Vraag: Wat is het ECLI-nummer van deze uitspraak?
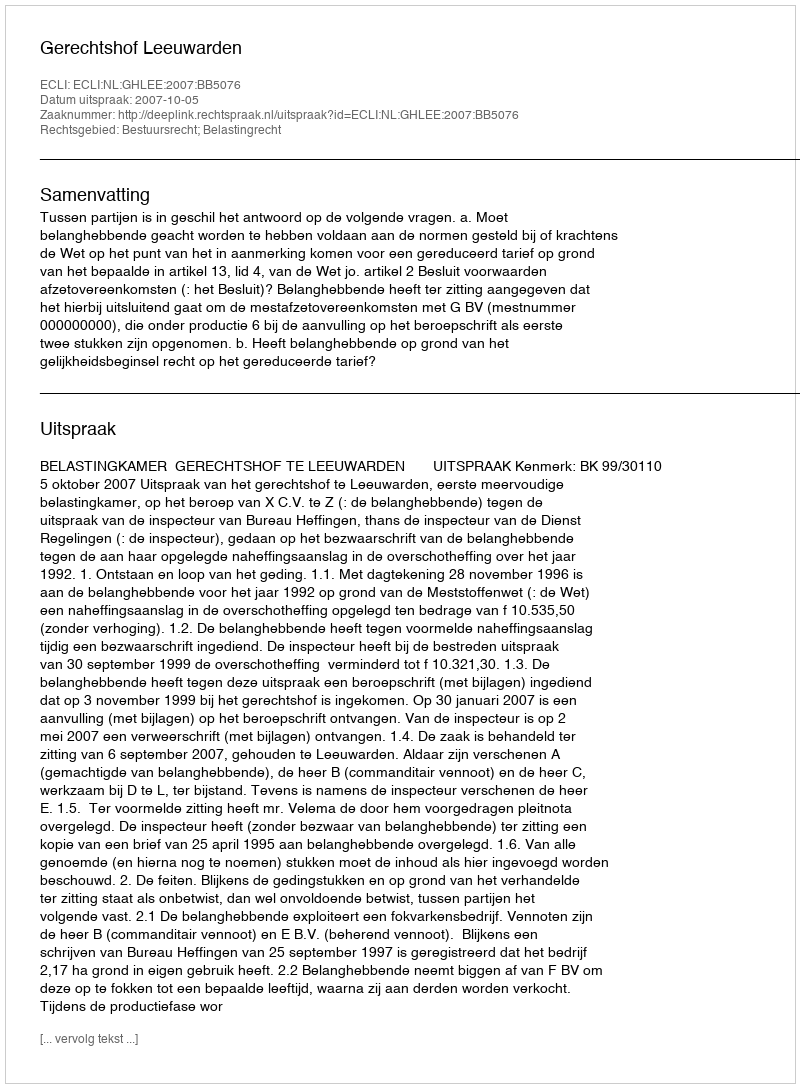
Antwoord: ECLI:NL:GHLEE:2007:BB5076